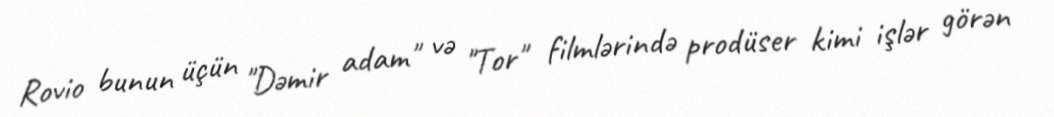
Rovio bunun üçün "Dəmir adam" və "Tor" filmlərində prodüser kimi işlər görən